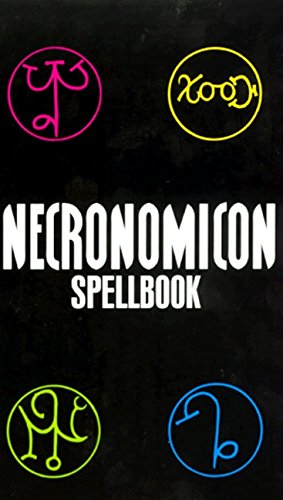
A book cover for Necronomicon Spellbook; Religion & Spirituality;